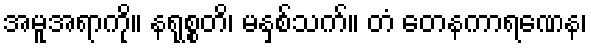
အမူအရာကို။ နရုစ္စတိ၊ မနှစ်သက်။ တံ တေနကာရဏေန၊